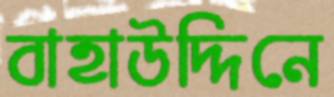
বাহাউদ্দিনে